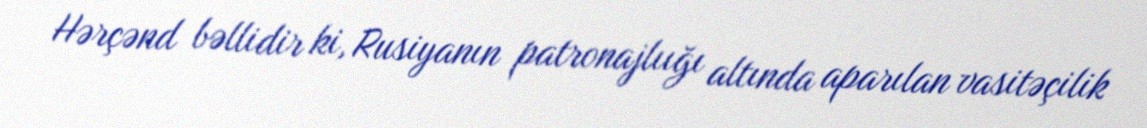
Hərçənd bəllidir ki, Rusiyanın patronajlıığı altında aparılan vasitəçilik